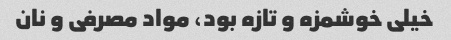
خیلی خوشمزه و تازه بود، مواد مصرفی و نان